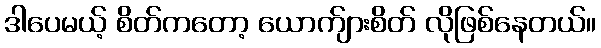
ဒါပေမယ့် စိတ်ကတော့ ယောက်ျားစိတ် လိုဖြစ်နေတယ်။